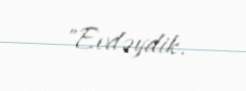
"Evdəydik.